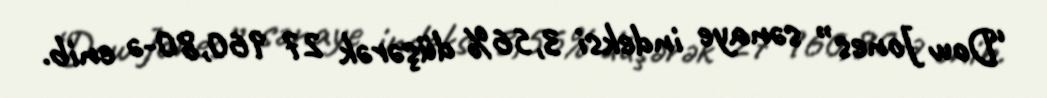
“Dow Jones” sənaye indeksi 3,56% düşərək 27 960,80-ə enib.